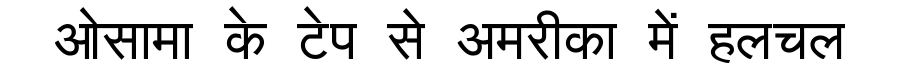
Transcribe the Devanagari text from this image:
ओसामा के टेप से अमरीका में हलचल